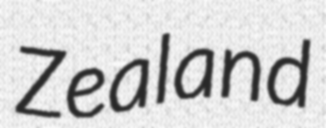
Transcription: Zealand